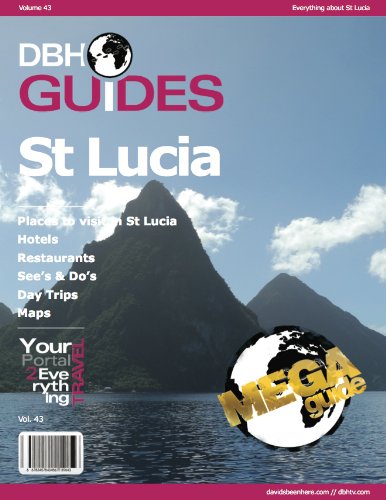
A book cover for Saint Lucia Island Travel Guide 2013: Attractions, Restaurants, and More... (DBH City Guides); Davidsbeenhere; Travel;